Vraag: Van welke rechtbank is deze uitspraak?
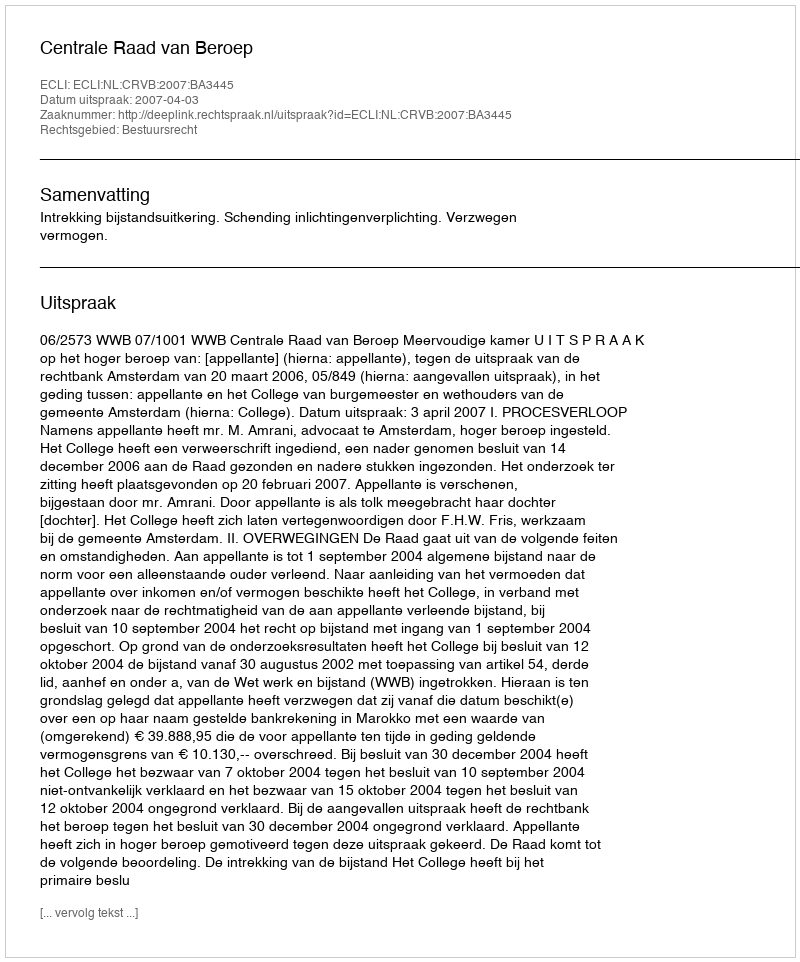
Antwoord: Centrale Raad van Beroep